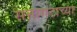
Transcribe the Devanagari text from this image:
सत्तागटाच्या